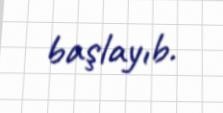
başlayıb.